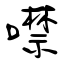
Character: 噤